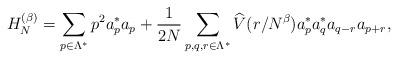
LaTeX: \begin{align*}H_N^{(\beta)}=\sum_{p\in\Lambda^*} p^2 a^*_p a_p + \frac{1}{2N}\sum_{p,q,r \in \Lambda^*}\widehat V(r/N^\beta) a^*_p a^*_q a_{q-r}a_{p+r},\end{align*}